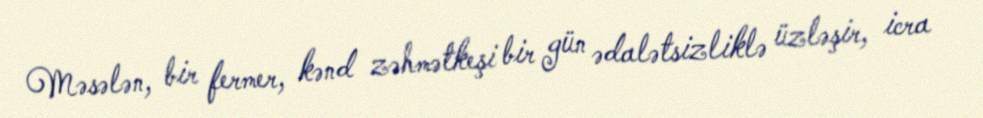
Məsələn, bir fermer, kənd zəhmətkeşi bir gün ədalətsizliklə üzləşir, icra